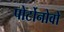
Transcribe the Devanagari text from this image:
पोर्टोनोवो